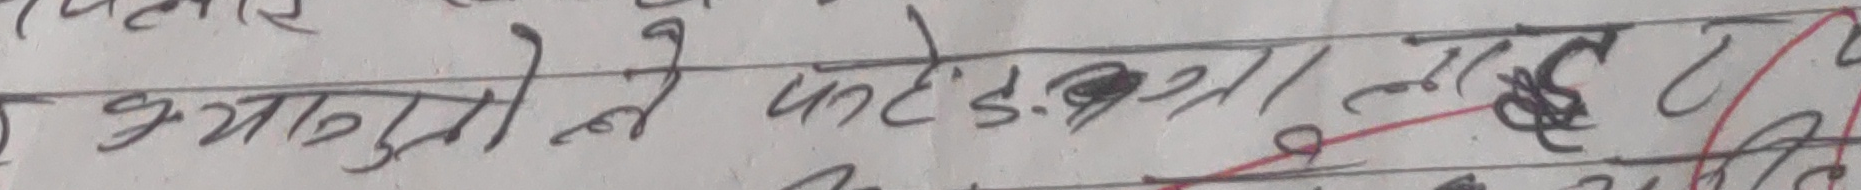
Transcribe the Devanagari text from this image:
ज क्या तो ने फटेड़े बिथा लहट